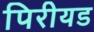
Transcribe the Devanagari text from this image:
पिरीयड